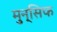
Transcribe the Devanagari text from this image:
मुन्सिफ